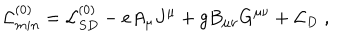
{ \cal L } _ { m i n } ^ { ( 0 ) } = { \cal L } _ { S D } ^ { ( 0 ) } - e A _ { \mu } J ^ { \mu } + g B _ { \mu \nu } G ^ { \mu \nu } + { \cal L } _ { D } \; ,